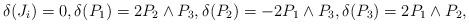
LaTeX: \begin{align*}\delta (J_i) = 0, \delta (P_1) = 2 P_2 \wedge P_3, \delta (P_2) = -2 P_1 \wedge P_3, \delta (P_3) = 2 P_1 \wedge P_2, \end{align*}